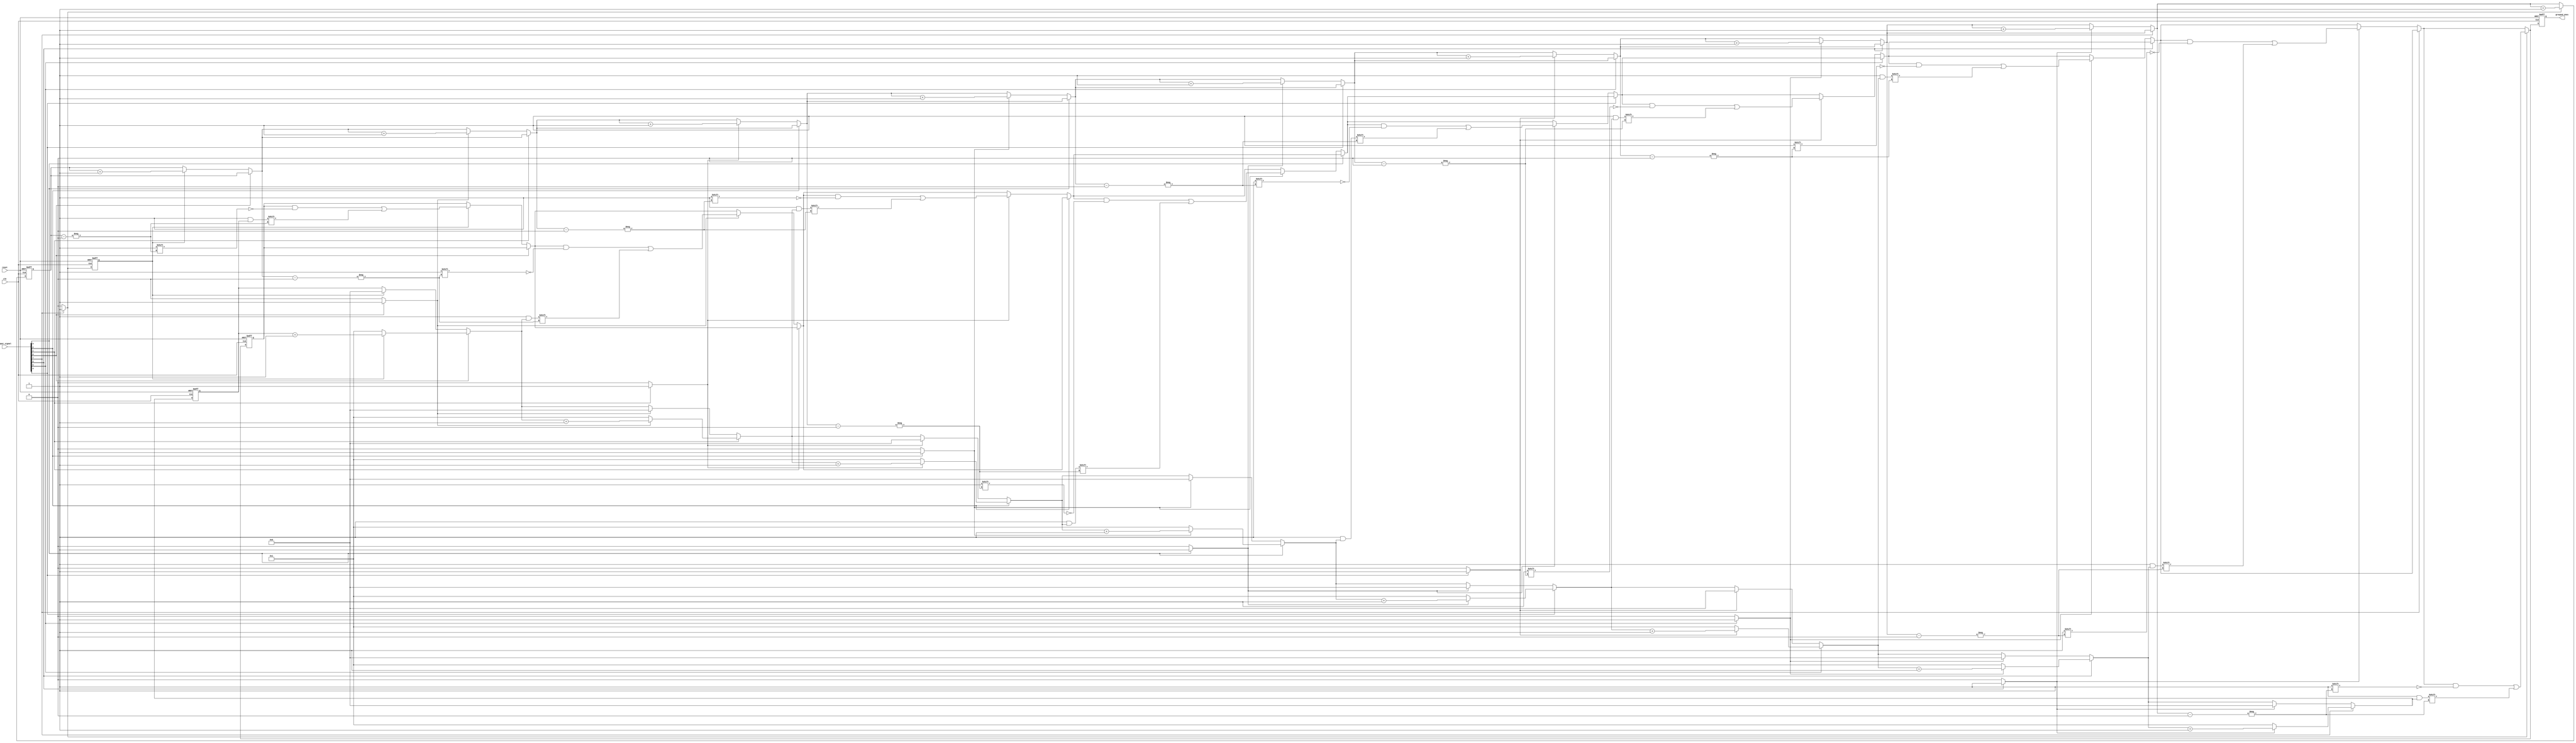
module grouping_of_ones #(
    parameter N = 8,           // Length of the input signal
    parameter MAX_GROUPS = 4   // Maximum groups of 1s to track
)(
    input wire clk,            // Clock signal
    input wire reset,          // Asynchronous reset
    input wire [N-1:0] input_signal, // Input binary vector
    output reg [N-1:0] grouped_ones // Output vector for grouped 1s
);

    // Internal signals
    reg [N-1:0] start_positions; // Start positions of groups
    reg [N-1:0] lengths;          // Lengths of groups
    reg [3:0] group_count;        // Number of groups found
    reg [3:0] current_length;     // Current length of the group being counted
    reg in_group;                 // Indicates if currently in a group of 1s

    integer i;

    // Combinational logic to detect groups of 1s
    always @(posedge clk or posedge reset) begin
        if (reset) begin
            grouped_ones <= 0;
            start_positions <= 0;
            lengths <= 0;
            group_count <= 0;
            in_group <= 0;
            current_length <= 0;
        end else begin
            for (i = 0; i < N; i = i + 1) begin
                if (input_signal[i] == 1'b1) begin
                    if (!in_group) begin
                        // Starting a new group
                        start_positions[group_count] = i;
                        current_length = 1;
                        in_group = 1;
                    end else begin
                        // Continuing the current group
                        current_length = current_length + 1;
                    end
                end else begin
                    if (in_group) begin
                        // Ending the current group
                        lengths[group_count] = current_length;
                        group_count = group_count + 1;
                        in_group = 0;
                        current_length = 0;
                    end
                end
            end
            
            // Handle the case if we end with a group of 1s
            if (in_group) begin
                lengths[group_count] = current_length;
                start_positions[group_count] = N - current_length; // start position of the last group
                group_count = group_count + 1;
            end
            
            // Constructing the output (for demonstration, you might want to format it differently)
            grouped_ones = {start_positions, lengths};
        end
    end

endmodule